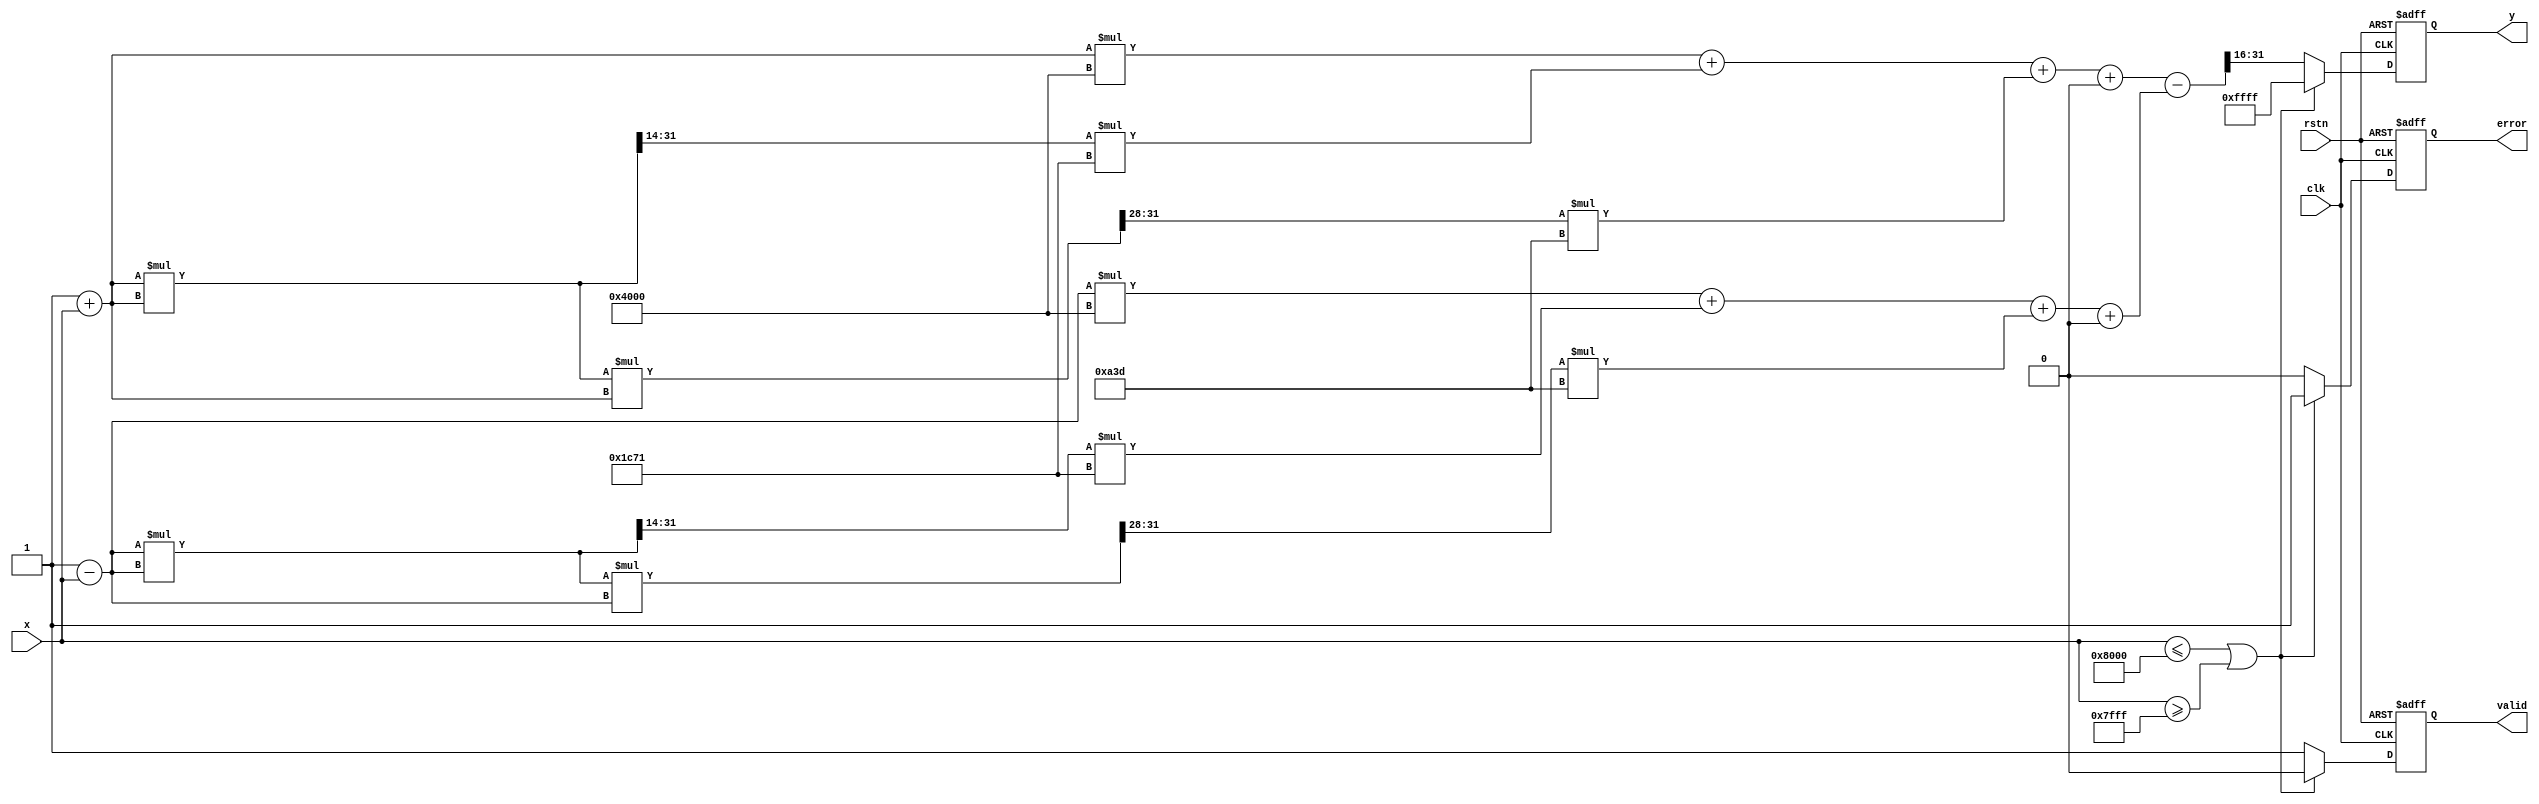
module atanh(
    input wire clk,
    input wire rstn,
    input wire [15:0] x, // Fixed-point input (range -1 to 1)
    output reg [15:0] y, // Fixed-point output (atanh result)
    output reg valid, // Output valid signal
    output reg error // Error signal for out-of-range inputs
);

    // Parameters for fixed-point representation
    parameter FIXED_POINT_FRACTIONAL_BITS = 14; // 2^14 = 16384
    parameter FIXED_POINT_MAX = 16'h7FFF; // Max value for fixed-point (1)
    parameter FIXED_POINT_MIN = 16'h8000; // Min value for fixed-point (-1)

    // Logarithm approximation constants (example coefficients for polynomial)
    parameter A0 = 16'h0000; // Coefficient for x^0
    parameter A1 = 16'h4000; // Coefficient for x^1
    parameter A2 = 16'h1C71; // Coefficient for x^2 (example)
    parameter A3 = 16'h0A3D; // Coefficient for x^3 (example)

    // Internal signals
    reg [31:0] numerator;
    reg [31:0] denominator;
    reg [31:0] log_result;

    // Compute the logarithm approximation
    function [31:0] log_approx(input [15:0] value);
        begin
            // Example polynomial approximation of ln(x)
            log_approx = value * A1 + (value * value >> FIXED_POINT_FRACTIONAL_BITS) * A2 + (value * value * value >> (2 * FIXED_POINT_FRACTIONAL_BITS)) * A3 + A0;
        end
    endfunction

    // Main computation logic
    always @(posedge clk or negedge rstn) begin
        if (!rstn) begin
            y <= 16'h0000;
            valid <= 0;
            error <= 0;
        end else begin
            // Range check
            if (x <= FIXED_POINT_MIN || x >= FIXED_POINT_MAX) begin
                y <= 16'hFFFF; // NaN or a predefined error value
                error <= 1;
                valid <= 0;
            end else begin
                error <= 0;

                // Compute (1 + x) and (1 - x)
                numerator = (16'h0001 + x);
                denominator = (16'h0001 - x);

                // Calculate the logarithm
                log_result = log_approx(numerator) - log_approx(denominator);

                // Compute atanh(x) = 0.5 * ln((1+x)/(1-x))
                y <= log_result[31:16]; // Get the upper 16 bits as the result
                valid <= 1;
            end
        end
    end

endmodule